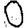
Digit: 0